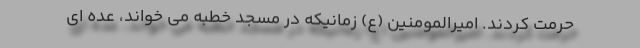
حرمت کردند. امیرالمومنین (ع) زمانیکه در مسجد خطبه می خواند، عده ای